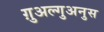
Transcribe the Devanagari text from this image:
ग़ुअल्गुअनुस